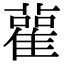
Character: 雚